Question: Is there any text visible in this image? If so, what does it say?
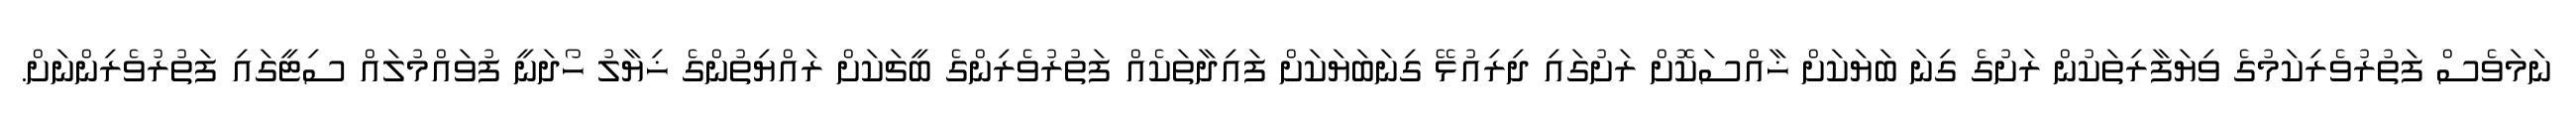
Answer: ނަމަވެސް ފަތުރުވެރިކަމުގެ ވިޔަފާރިތަކުން ރަށުގެ ގިނަ ބަޔަކަށް ޚާއްސަކޮށް ރަށުގައި ދިރިއުޅޭ ގިނަބަޔަކަށް ފައިދާތަކެއް ފަތުރުވެރިންގެ ބީޗަކަށް ރައްޔިތުންގެ ޚިޔާލު ހޯދަނީ ފުވައްމުލައް ސިޓީގައި ފަތުރުވެރިންނަށް.